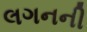
લગનની